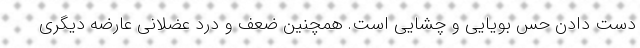
دست دادن حس بویایی و چشایی است. همچنین ضعف و درد عضلانی عارضه دیگری